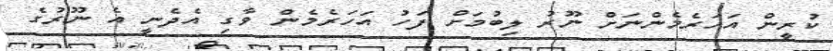
ކުރީން އަހަރެމެންނަށް ނޫރު ލިބުމަށް ފަހު އަހަރެމެން ވާގި އެދެނީ އެ ނޫރުގެ